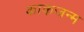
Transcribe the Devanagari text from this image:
काकजन्म